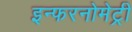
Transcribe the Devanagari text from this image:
इन्फरनोमेट्री